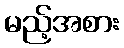
မည့်အစား